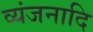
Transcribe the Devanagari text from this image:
व्यंजनादि